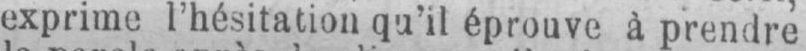
exprime l’hésitation qu’il éprouve à prendre